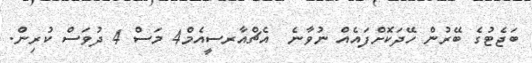
ބަޖެޓުގެ ބޭރުން ހޭދަކޮށްފައެއް ނުވާނެ  އެޗްއާރސީއެމް4 މަސް 4 ދުވަސް ކުރިން.